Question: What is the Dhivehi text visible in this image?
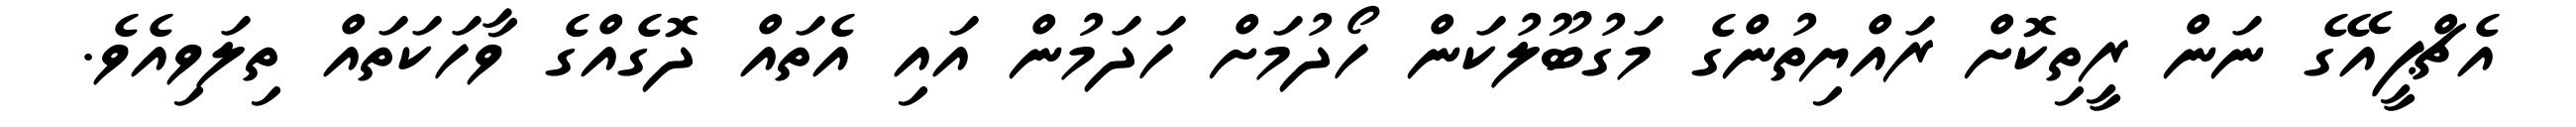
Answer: އެޗްޕީއޭގެ ނަން ރީތިކޮށް ރައްޔިތުންގެ މަގުބޫލުކަން ހޯދުމަށް ހަދަމުން އައި އެތައް ދޮގެއްގެ ވާހަކަތައް ތިލަވިއެވެ.